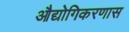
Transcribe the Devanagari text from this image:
औद्योगिकरणास